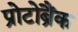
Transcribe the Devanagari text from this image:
प्रोटोब्रैंक